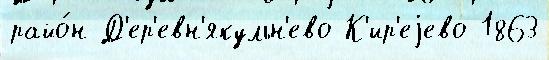
райо́н Д'ер'евн'якульн'ево К'ир'еjево 1863